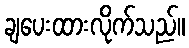
ချပေးထားလိုက်သည်။